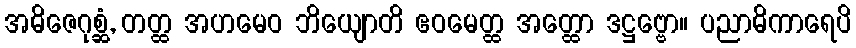
အဓိဇေဂုစ္ဆံ, တတ္ထ အဟမေဝ ဘိယျောတိ ဧဝမေတ္ထ အတ္ထော ဒဋ္ဌဗ္ဗော။ ပညာဓိကာရေပိ